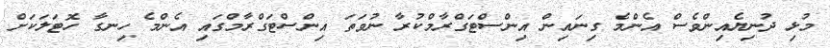
މުޅި ދުނިޔެއިންވެސް އެންމެ ގިނައިން އިންސްޓަގްރާމްކުރާ ނުވަތަ އިންސްޓަގްރާމްގައި އެންމެ ހިނގާ ހޮޓަލަކަށް